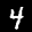
Label: 4